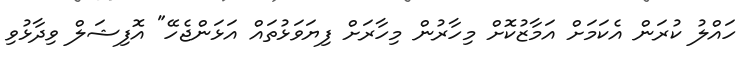
ހައްލު ކުރަން އެކަމަށް އަމާޒުކޮށް މިހާރުން މިހާރަށް ފިޔަވަޅުތައް އަޅަންޖެހޭ" އޮފިޝަލް ވިދާޅުވި